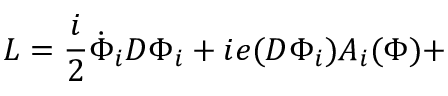
{ \cal { L } } = \frac { i } { 2 } \dot { \Phi } _ { i } D \Phi _ { i } + i e ( D \Phi _ { i } ) A _ { i } ( \Phi ) +